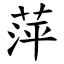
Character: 萍